Report on lock hospitals in British Burma
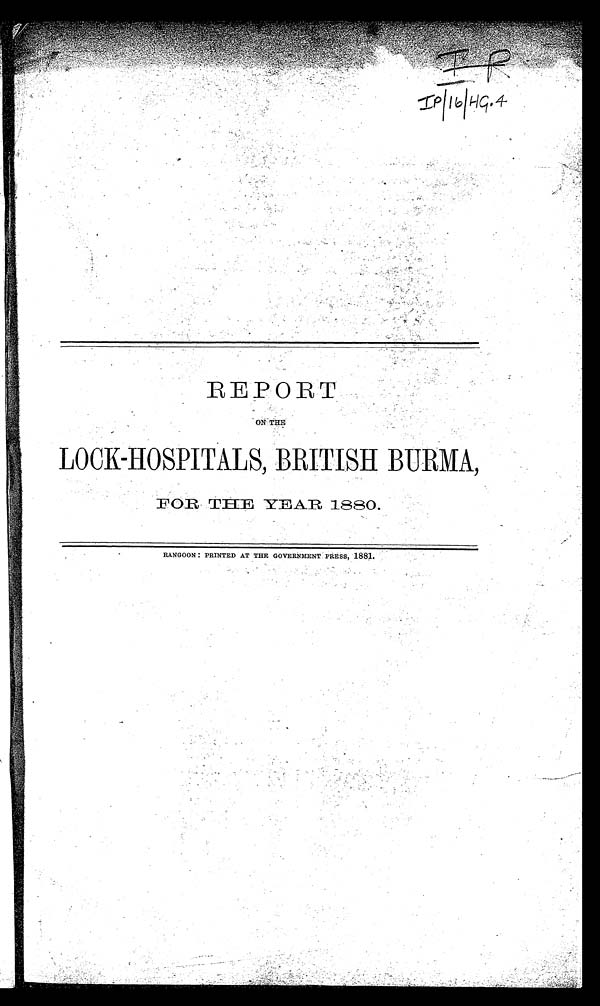
REPORT
ON THE
LOCK-HOSPITALS, BRITISH BURMA,
FOR THE YEAR 1880.
RANGOON : PRINTED AT THE GOVERNMENT PRESS, 1881.